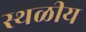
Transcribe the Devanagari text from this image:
स्थळीय